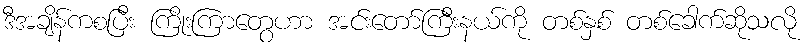
ဒီအချိန်ကစပြီး ကြိုးကြာတွေဟာ အင်းတော်ကြီးနယ်ကို တစ်နှစ် တစ်ခေါက်ဆိုသလို